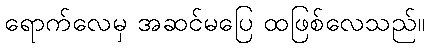
ရောက်လေမှ အဆင်မပြေ ထဖြစ်လေသည်။